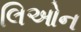
લિઓન